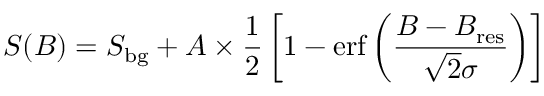
S ( B ) = S _ { \mathrm { b g } } + A \times \frac { 1 } { 2 } \left[ 1 - \mathrm { e r f } \left( \frac { B - B _ { \mathrm { r e s } } } { \sqrt { 2 } \sigma } \right) \right]